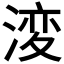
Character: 𭱝